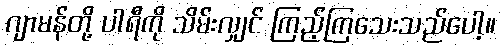
ဂျာမန်တို့ ပါရီကို သိမ်းလျှင် ကြည့်ကြသေးသည်ပေါ့။